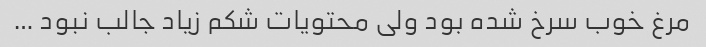
مرغ خوب سرخ شده بود ولی محتویات شکم زیاد جالب نبود …